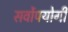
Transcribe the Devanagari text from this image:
सर्वोपयोगी